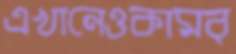
এখানেওকামব্